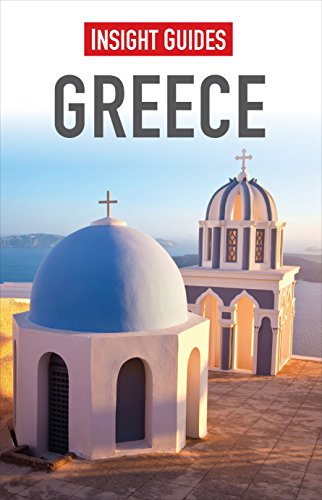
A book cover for Greece (Insight Guides); Marc Dubin; Engineering & Transportation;